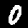
Digit: 0